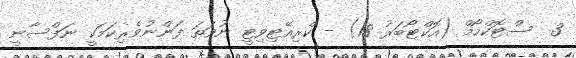
3  ސްޓޮކްހޯމް (އޮކްޓޯބަރު 18) - ކްރިއޭޓިވިޓީ ނުވަތަ ފަންނުވެރިކަމަކީ ނަފްސާނީ